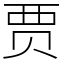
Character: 贾